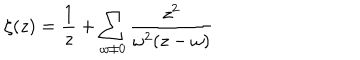
\zeta ( z ) = \frac { 1 } { z } + \sum _ { \omega \neq 0 } \frac { z ^ { 2 } } { \omega ^ { 2 } ( z - \omega ) }